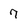
Character: 7